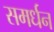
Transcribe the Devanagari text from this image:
समर्धन